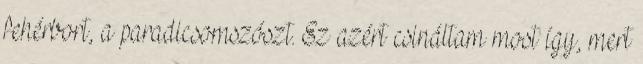
fehérbort, a paradicsomszószt. Ez azért csináltam most így, mert